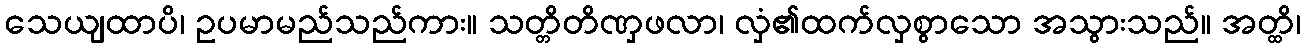
သေယျထာပိ၊ ဥပမာမည်သည်ကား။ သတ္တိတိဏှဖလာ၊ လှံ၏ထက်လှစွာသော အသွားသည်။ အတ္ထိ၊